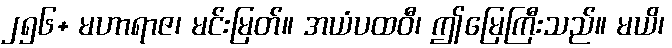
၂၅၆+ မဟာရာဇ၊ မင်းမြတ်။ အယံပထဝီ၊ ဤမြေကြီးသည်။ မယိ၊